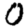
Digit: 0